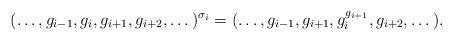
LaTeX: \begin{align*}(\dots,g_{i-1},g_i,g_{i+1},g_{i+2},\dots)^{\sigma_i} = (\dots,g_{i-1},g_{i+1}, g_i^{g_{i+1}}, g_{i+2},\dots).\end{align*}